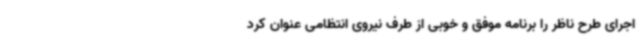
اجرای طرح ناظر را برنامه موفق و خوبی از طرف نیروی انتظامی عنوان کرد